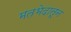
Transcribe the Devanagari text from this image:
मतभेदातून